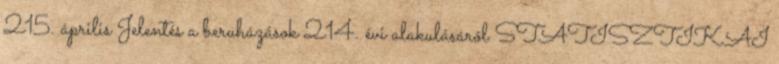
215. április Jelentés a beruházások 214. évi alakulásáról STATISZTIKAI